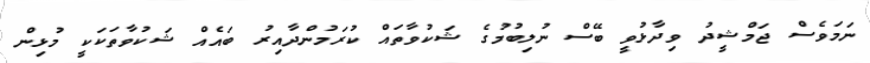
ނަމަވެސް ޖަމްޝީދު ވިދާޅުވީ ބޭސް ނުލިބުމުގެ ޝަކުވާތައް ކުރަމުންދާއިރު ބައެއް ޝަކުވާތަކަކީ މުޅިން